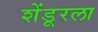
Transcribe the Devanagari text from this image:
शेंडूरला